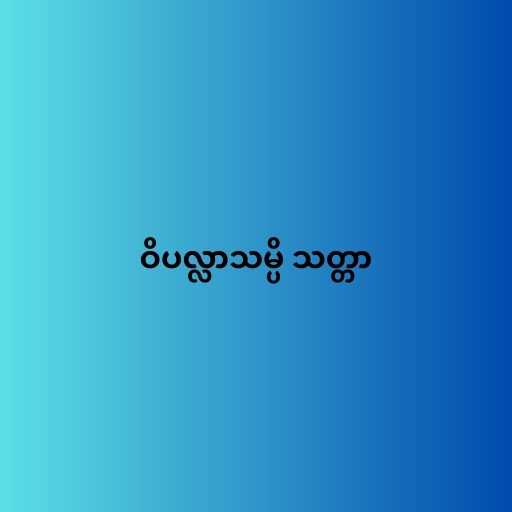
ဝိပလ္လာသမ္ပိ သတ္တာ